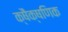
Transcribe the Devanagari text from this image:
क्षैक्षणिक